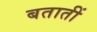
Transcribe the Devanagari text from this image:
बतातीं